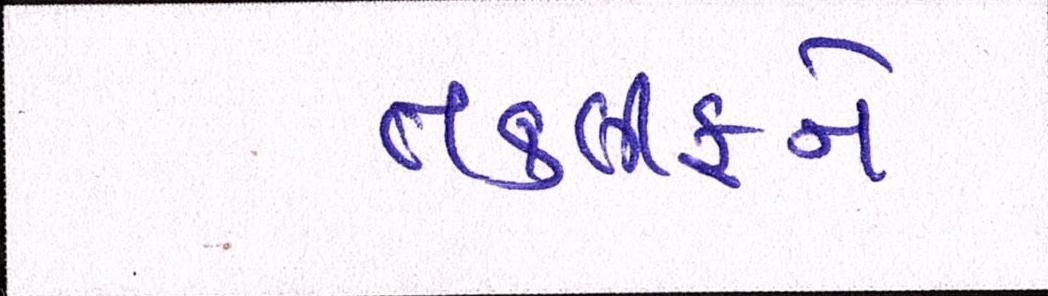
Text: તકલીફને